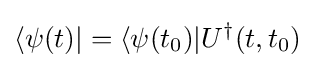
\langle \psi (t)|=\langle \psi (t_{0})|U^{\dagger }(t,t_{0})